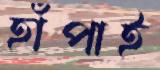
হাঁপাই